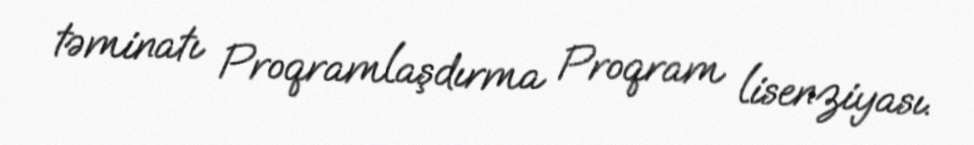
təminatı Proqramlaşdırma Proqram lisenziyası.